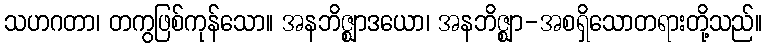
သဟဂတာ၊ တကွဖြစ်ကုန်သော။ အနဘိဇ္ဈာဒယော၊ အနဘိဇ္ဈာ-အစရှိသောတရားတို့သည်။